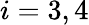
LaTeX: i=3,4